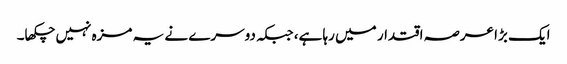
ایک بڑا عرصہ اقتدار میں رہا ہے، جبکہ دوسرے نے یہ مزہ نہیں چکھا۔